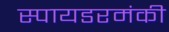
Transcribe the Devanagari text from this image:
स्पायडरमंकी